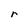
Character: r